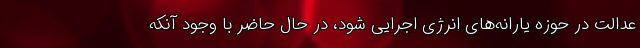
عدالت در حوزه یارانه‌های انرژی اجرایی شود، در حال حاضر با وجود آنکه